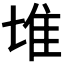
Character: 𨾅